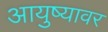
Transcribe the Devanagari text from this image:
आयुष्‍यावर